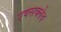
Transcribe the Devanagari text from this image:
एक्सक्लेव